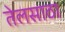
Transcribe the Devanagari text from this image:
तेलसाठा